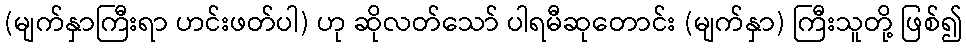
(မျက်နှာကြီးရာ ဟင်းဖတ်ပါ) ဟု ဆိုလတ်သော် ပါရမီဆုတောင်း (မျက်နှာ) ကြီးသူတို့ ဖြစ်၍